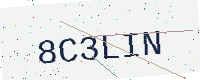
Text: 8C3LIN